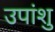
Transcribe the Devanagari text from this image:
उपांशु